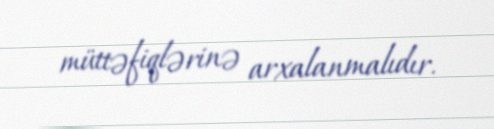
müttəfiqlərinə arxalanmalıdır.